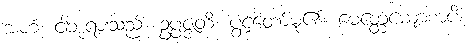
အဟံ၊ ငါဘုရားသည်။ ဥပ္ပဇ္ဇတိ၊ ပွင့်တော်မူ၏။ မေတ္တေယျောစာပိ၊